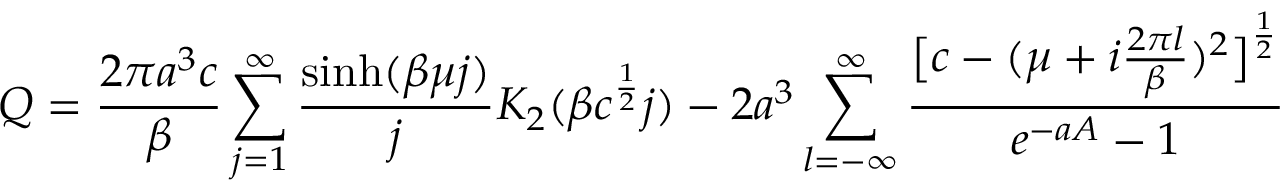
Q = \frac { 2 \pi a ^ { 3 } c } { \beta } \sum _ { j = 1 } ^ { \infty } \frac { \sinh ( \beta \mu j ) } { j } K _ { 2 } ( \beta c ^ { \frac { 1 } { 2 } } j ) - 2 a ^ { 3 } \sum _ { l = - \infty } ^ { \infty } \frac { \bigl [ c - ( \mu + i \frac { 2 \pi l } { \beta } ) ^ { 2 } \bigr ] ^ { \frac { 1 } { 2 } } } { e ^ { - a A } - 1 }